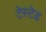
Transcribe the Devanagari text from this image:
टेस्टेड